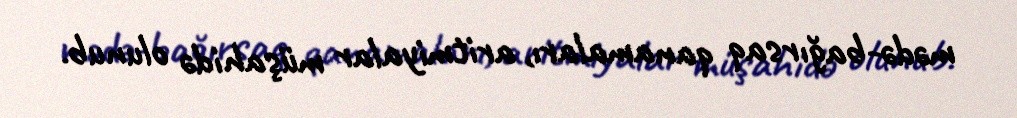
mədə-bağırsaq qanamaları, aritmiyalar müşahidə olunub.